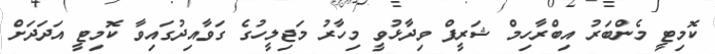
ކޮމިޓީ މެންބަރު އިބްރާހިމް ޝަރީފް ވިދާޅުވީ މިހާރު މަޖިލީހުގެ ގަވާއިދުގައިވާ ކޮމިޓީ އަދަދަށް